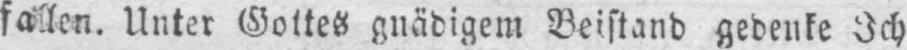
Unter Gottes gnädigem Beistand gedenke Ich